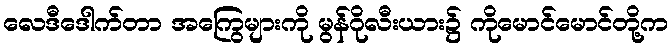
လေဒီဒေါက်တာ အကြွေများကို မွန်ဂိုလီးယား၌ ကိုမောင်မောင်တို့က